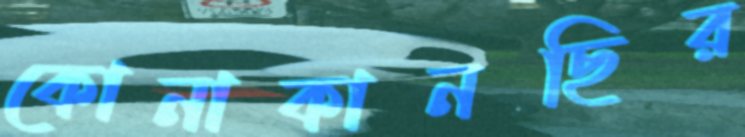
কোনাকানছির